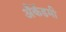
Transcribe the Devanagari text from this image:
अँकॅडमी